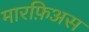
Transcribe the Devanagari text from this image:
मारफ़िअस